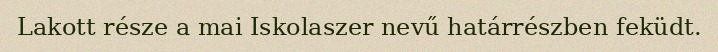
Lakott része a mai Iskolaszer nevű határrészben feküdt.